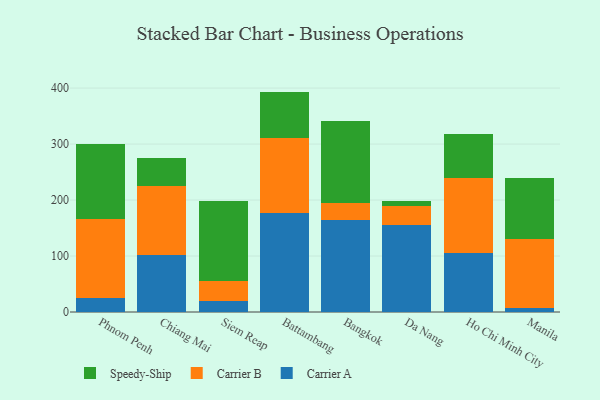
{"axis": {"x": "City", "y": "Inventory Turnover"}, "legend": ["Carrier A", "Carrier B", "Speedy-Ship"], "data": [{"x": "Phnom Penh", "y": 25.7, "type": "Carrier A"}, {"x": "Phnom Penh", "y": 140.1, "type": "Carrier B"}, {"x": "Phnom Penh", "y": 134.0, "type": "Speedy-Ship"}, {"x": "Chiang Mai", "y": 102.6, "type": "Carrier A"}, {"x": "Chiang Mai", "y": 122.5, "type": "Carrier B"}, {"x": "Chiang Mai", "y": 50.1, "type": "Speedy-Ship"}, {"x": "Siem Reap", "y": 20.2, "type": "Carrier A"}, {"x": "Siem Reap", "y": 34.6, "type": "Carrier B"}, {"x": "Siem Reap", "y": 143.2, "type": "Speedy-Ship"}, {"x": "Battambang", "y": 176.7, "type": "Carrier A"}, {"x": "Battambang", "y": 134.3, "type": "Carrier B"}, {"x": "Battambang", "y": 82.7, "type": "Speedy-Ship"}, {"x": "Bangkok", "y": 164.6, "type": "Carrier A"}, {"x": "Bangkok", "y": 30.0, "type": "Carrier B"}, {"x": "Bangkok", "y": 146.2, "type": "Speedy-Ship"}, {"x": "Da Nang", "y": 155.0, "type": "Carrier A"}, {"x": "Da Nang", "y": 34.7, "type": "Carrier B"}, {"x": "Da Nang", "y": 8.5, "type": "Speedy-Ship"}, {"x": "Ho Chi Minh City", "y": 105.8, "type": "Carrier A"}, {"x": "Ho Chi Minh City", "y": 134.4, "type": "Carrier B"}, {"x": "Ho Chi Minh City", "y": 77.1, "type": "Speedy-Ship"}, {"x": "Manila", "y": 7.8, "type": "Carrier A"}, {"x": "Manila", "y": 123.4, "type": "Carrier B"}, {"x": "Manila", "y": 108.8, "type": "Speedy-Ship"}]}